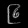
Digit: ၉